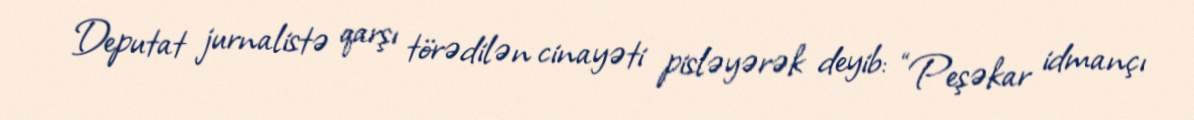
Deputat jurnalistə qarşı törədilən cinayəti pisləyərək deyib: “Peşəkar idmançı